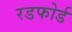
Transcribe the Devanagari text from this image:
रडफोर्ड